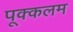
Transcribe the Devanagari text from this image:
पूक्कलम